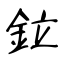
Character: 鉝